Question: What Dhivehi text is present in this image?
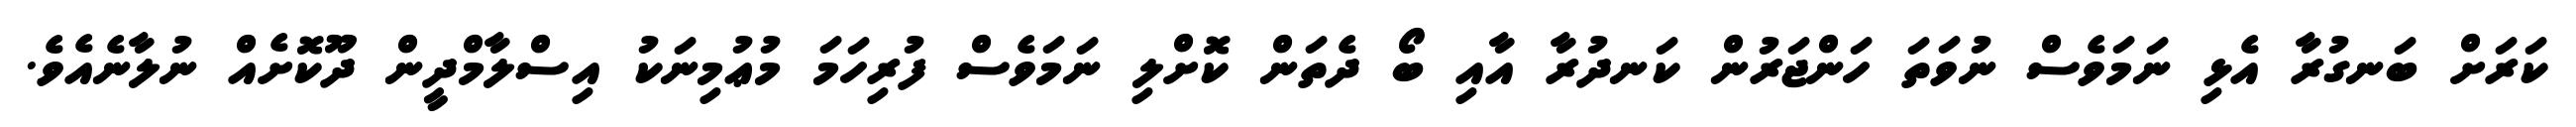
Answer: ކަރަށް ބަނގުރާ އެޅި ނަމަވެސް ނުވަތަ ހަންޖަރުން ކަނދުރާ އާއި ބޯ ދެތަން ކޮށްލި ނަމަވެސް ފުރިހަމަ މުޢުމިނަކު އިސްލާމްދީން ދޫކޮށެއް ނުލާނެއެވެ.